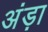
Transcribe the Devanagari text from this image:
अंड़ा